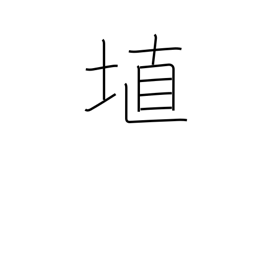
Meaning: clay